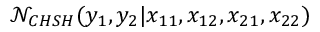
\mathcal { N } _ { C H S H } ( y _ { 1 } , y _ { 2 } \vert x _ { 1 1 } , x _ { 1 2 } , x _ { 2 1 } , x _ { 2 2 } )